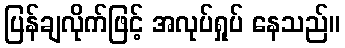
ပြန်ချလိုက်ဖြင့် အလုပ်ရှုပ် နေသည်။